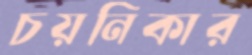
চয়নিকার